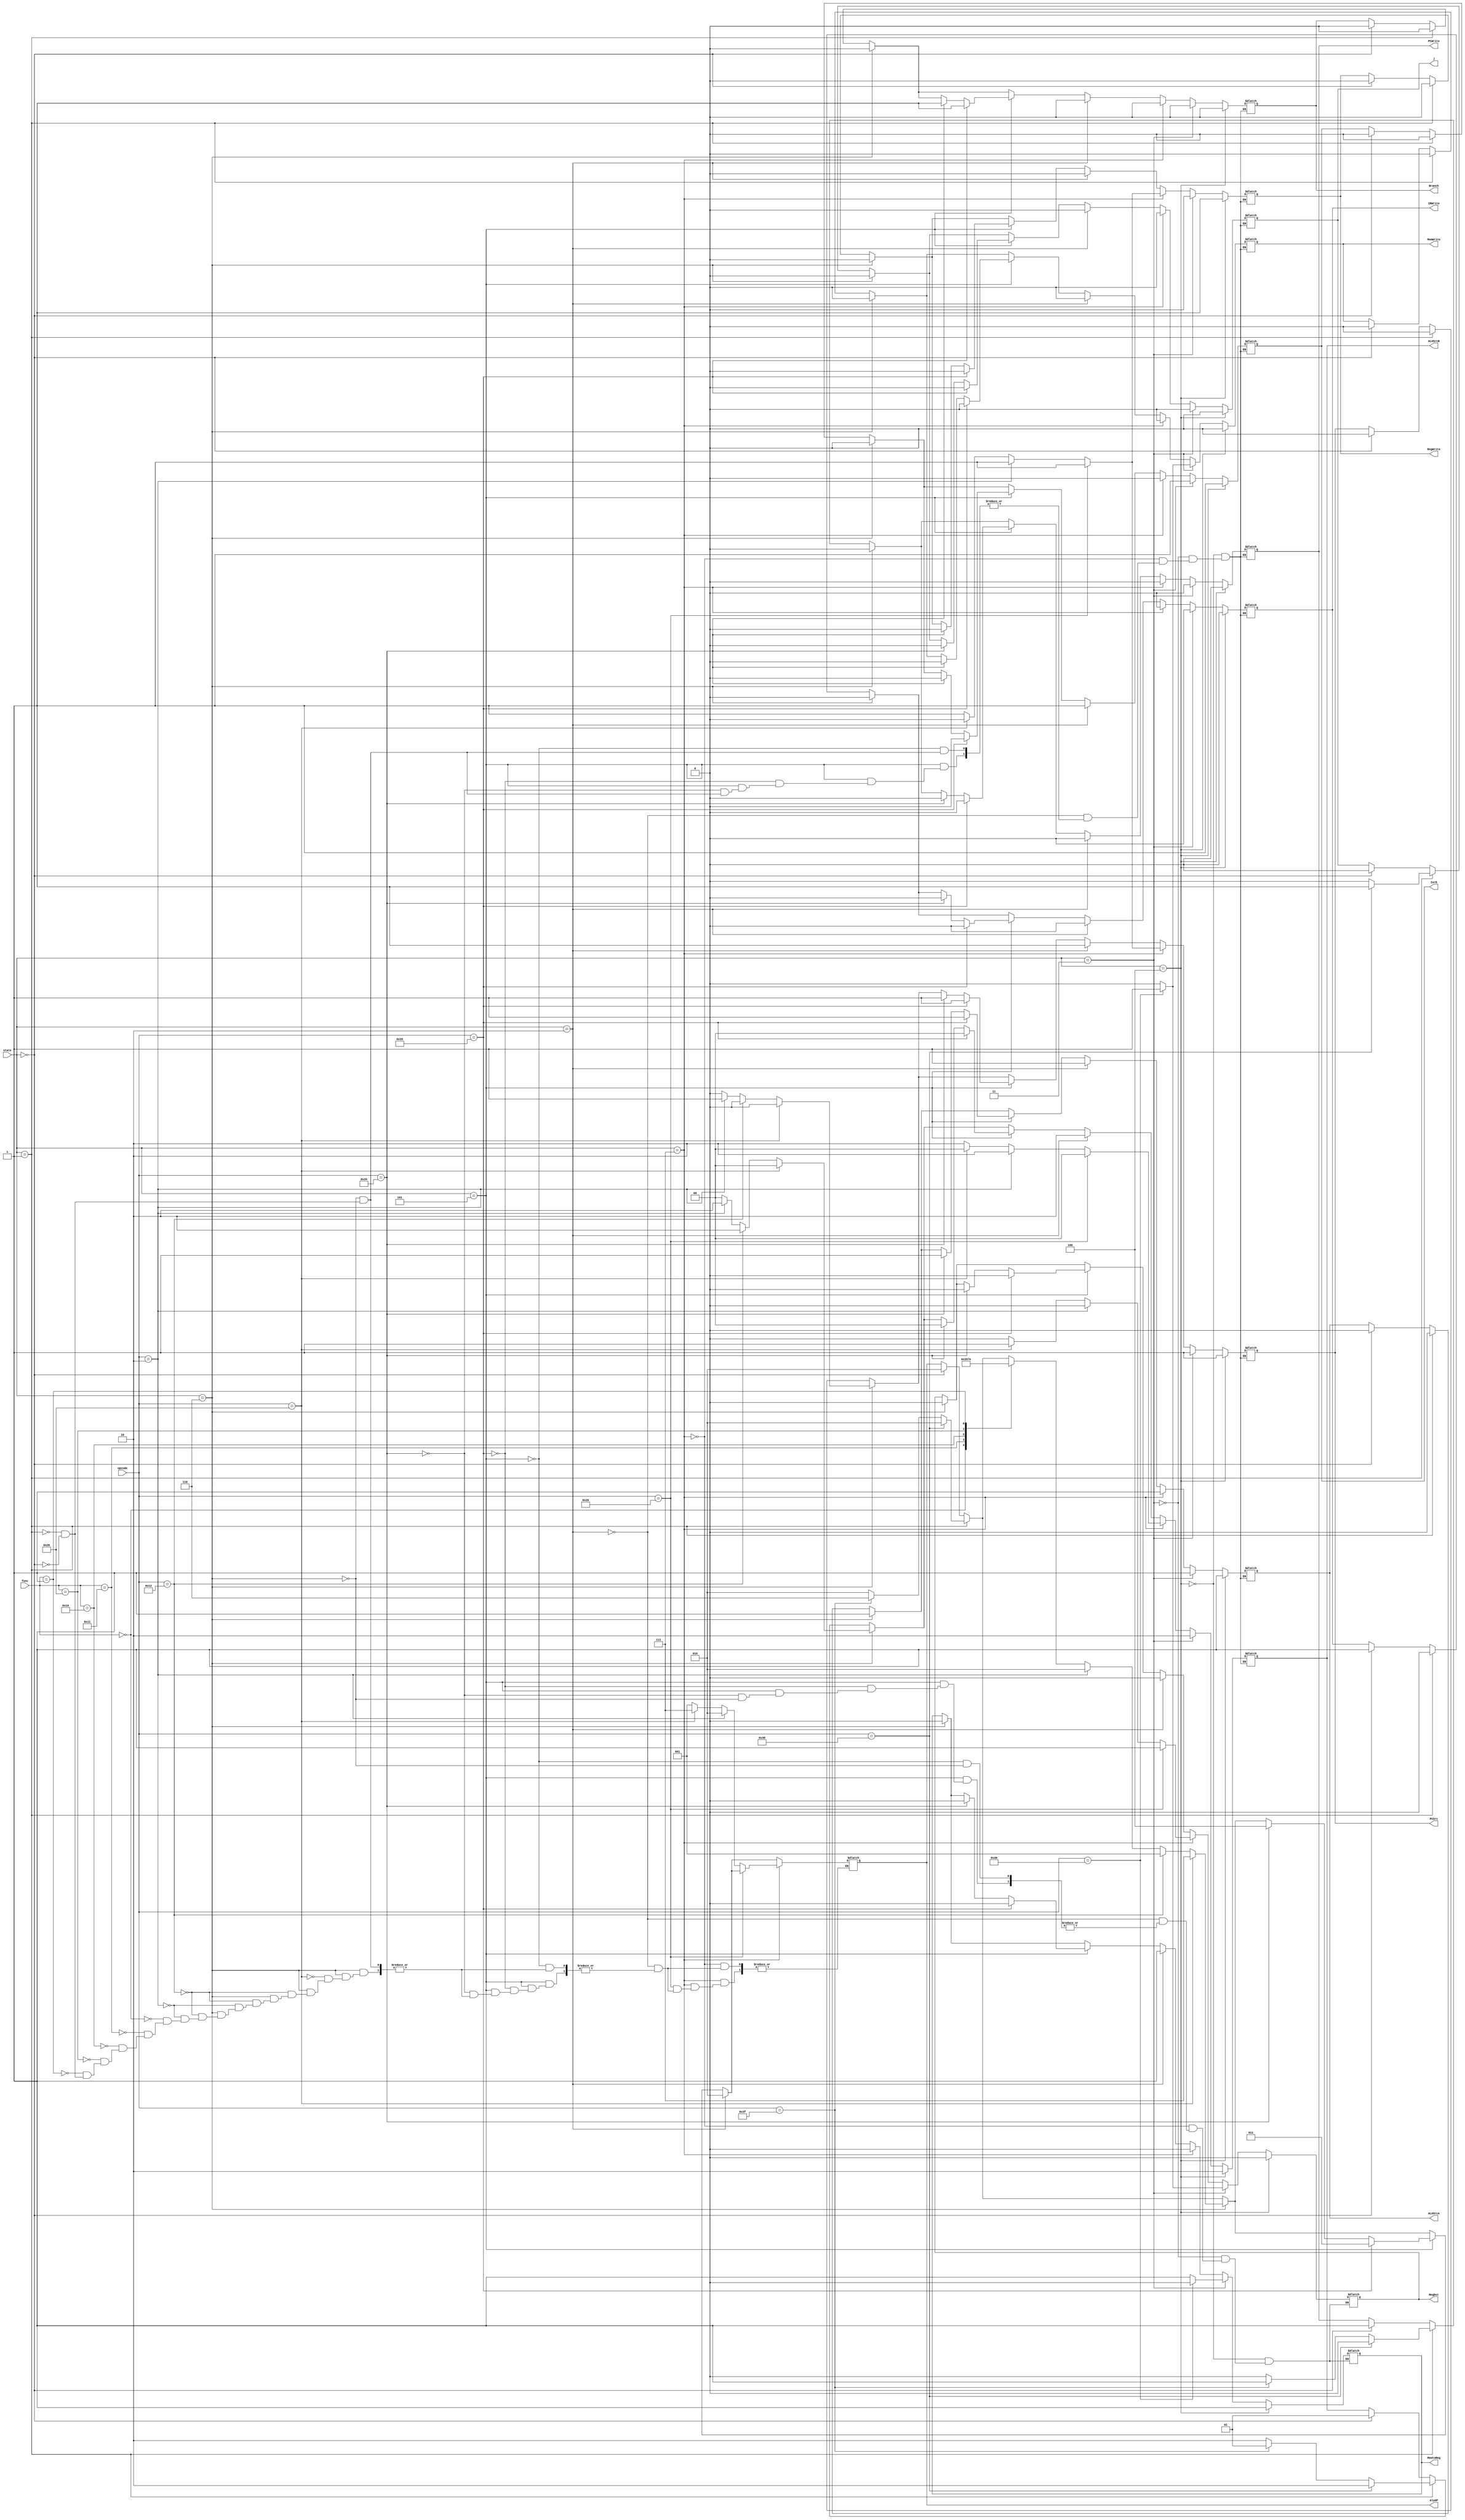
`timescale 1ns / 1ps
//////////////////////////////////////////////////////////////////////////////////
// Company: 
// Engineer: 
// 
// Design Name: 
// Module Name: Out_put
// Project Name: 
// Target Devices: 
// Tool Versions: 
// Description: 
// 
// Dependencies: 
// 
// Revision:
// Revision 0.01 - File Created
// Additional Comments:
// 
//////////////////////////////////////////////////////////////////////////////////


module Out_put(input [2:0]state,input[5:0] opcode,input[5:0]func, output reg IorD,MemWrite,IRWrite,RegDst,MemtoReg,RegWrite,ALUSrcA,output reg [1:0]ALUSrcB,output reg PCSrc,Branch,PCWrite,
    output reg [2:0]AluOP,output reg j

    );

    parameter [2:0] IF = 3'b000, // IF 
                     ID = 3'b001, // ID  
                     aEXE = 3'b110, // EXE
                     bEXE = 3'b101, // EXE
                     cEXE = 3'b010, // EXE
                     MEM = 3'b011, // MEM
                     aWB = 3'b111, // WB
                     cWB = 3'b100; // WB
   /* parameter R_type = 6'b000000,add = 6'b100000,sub=6'b100010,And = 6'b100100,Or= 6'b100101,slt=6'b101010,
            ori = 6'b001101,lw=6'b100011,sw=6'b101011,beq=6'b000100,
            jump=6'b000010,
            stop=6'b000011;*/
    parameter [5:0] ori = 6'b010010,
                     R_type = 6'b100000,
                     add = 6'b000000,
                     sub = 6'b000001,
                     slt = 6'b100110,
                      Or = 6'b010000,
                     And = 6'b010001,
                     addi=6'b000010,
                     
                     sw = 6'b110000,
                     lw = 6'b110001,
                     beq = 6'b110100,
                     bne=6'b110101,
                    
                     jump=6'b111000,
                     stop = 6'b111111;
  always @ (state or opcode) begin
      if (state==IF) begin  //T1
          IorD=1'b0;
          MemWrite=1'b0;
          IRWrite=1'b1;
          RegWrite=1'b0;
          ALUSrcA=1'b0;
          ALUSrcB=2'b01;
          AluOP=3'b010;
          PCSrc=1'b0;
          Branch=1'b0;
          PCWrite=1'b1;
          j=1'b0;
      end
      /*else if (state==IF && opcode==stop) begin
          PCWrite=1'b0;
      end
      else if (state==IF && opcode!=stop && opcode==jump) begin
          IorD=1'b1;
          MemWrite=1'b0;
          IRWrite=1'b1;
          RegWrite=1'b0;
          ALUSrcA=1'b0;
          ALUSrcB=2'b01;
          AluOP=3'b010;
          PCSrc=1'b0;
          Branch=1'b0;
          PCWrite=1'b0;
          MemtoReg=1'b0;
          RegDst=1'b0;
      end */
      if (state==ID) begin // T2
          if(opcode==jump) begin
              IorD=1'b0;
              MemWrite=1'b0;
              IRWrite=1'b0;
              RegWrite=1'b0;
              ALUSrcA=1'b0;
              ALUSrcB=2'b10;
              AluOP=3'b010;
              PCSrc=1'b0;
              Branch=1'b0;
              PCWrite=1'b0;
              j=1'b1;
          end
          else if (opcode==stop) begin 
               IorD=1'b0;
              MemWrite=1'b0;
              IRWrite=1'b0;
              RegWrite=1'b0;
              ALUSrcA=1'b0;
              ALUSrcB=2'b01;
              AluOP=3'b110;
              PCSrc=1'b0;
              Branch=1'b0;
              PCWrite=1'b1;
              j=1'b0;
          end
          else begin 
          IorD=1'b0;
          MemWrite=1'b0;
          IRWrite=1'b0;
          RegWrite=1'b0;
          ALUSrcA=1'b0;
          ALUSrcB=2'b10;
          AluOP=3'b010;
          PCSrc=1'b0;
          Branch=1'b0;
          PCWrite=1'b0;
          j=1'b0;
          end
          /*if (opcode==jump) begin
              
          end*/
      end
      if (state==aEXE) begin //R_type T3
          if (opcode==ori)  begin 
              IorD=1'b0;
              MemWrite=1'b0;
              IRWrite=1'b0;
              RegWrite=1'b0;
              ALUSrcA=1'b1;
              ALUSrcB=2'b10;
              AluOP=3'b001;
              PCSrc=1'b0;
              Branch=1'b0;
              PCWrite=1'b0;
              MemtoReg=1'b0;
              RegDst=1'b0;
              j=1'b0;
          end
          else if (opcode==addi) begin 
              IorD=1'b0;
              MemWrite=1'b0;
              IRWrite=1'b0;
              RegWrite=1'b0;
              ALUSrcA=1'b1;
              ALUSrcB=2'b10;
              AluOP=3'b010;
              PCSrc=1'b1;
              Branch=1'b0;
              PCWrite=1'b0;
              MemtoReg=1'b0;
              RegDst=1'b0;
              j=1'b0;
          end
          else begin
              case (func)
                  add:     AluOP=3'b010;
                  And:     AluOP=3'b000;
                  Or:      AluOP=3'b001;
                  slt:     AluOP=3'b111;
                  sub:     AluOP=3'b110;
              endcase
              IorD=1'b0;
              MemWrite=1'b0;
              IRWrite=1'b0;
              RegWrite=1'b0;
              ALUSrcA=1'b1;
              ALUSrcB=2'b00;
              PCSrc=1'b0;
              Branch=1'b0;
              PCWrite=1'b0;
              MemtoReg=1'b0;
              RegDst=1'b0;
              j=1'b0;
          end 
          if (opcode==slt) begin 
              IorD=1'b0;
              MemWrite=1'b0;
              IRWrite=1'b0;
              RegWrite=1'b0;
              ALUSrcA=1'b1;
              ALUSrcB=2'b00;
              AluOP=3'b111;
              PCSrc=1'b0;
              Branch=1'b0;
              PCWrite=1'b0;
              MemtoReg=1'b0;
              RegDst=1'b0;
              j=1'b0;
          end
          
      end
      if(state==bEXE) begin  //beq T3
          if (opcode==beq) begin
              IorD=1'b0;
              MemWrite=1'b0;
              IRWrite=1'b0;
              RegWrite=1'b0;
              ALUSrcA=1'b1;
              ALUSrcB=2'b00;
              PCSrc=1'b1;
              Branch=1'b1;
              PCWrite=1'b0;
              MemtoReg=1'b0;
              RegDst=1'b0;
              AluOP=3'b100;
              j=1'b0;
          end
          if (opcode==bne)begin 
              IorD=1'b0;
              MemWrite=1'b0;
              IRWrite=1'b0;
              RegWrite=1'b0;
              ALUSrcA=1'b1;
              ALUSrcB=2'b00;
              PCSrc=1'b1;
              Branch=1'b1;
              PCWrite=1'b0;
              MemtoReg=1'b0;
              RegDst=1'b0;
              AluOP=3'b011;
              j=1'b0;
          end
          
      end
      if (state==cEXE) begin //lw,sw T3
          IorD=1'b1;
          MemWrite=1'b0;
          IRWrite=1'b0;
          RegWrite=1'b0;
          ALUSrcA=1'b1;
          ALUSrcB=2'b10;
          PCSrc=1'b1;
          Branch=1'b0;
          PCWrite=1'b0;
          MemtoReg=1'b1;
          RegDst=1'b0;
          AluOP=3'b010;
          j=1'b0;
      end
      if (state==aWB) begin
          if (opcode== R_type) begin
              IorD=1'b0;
              MemWrite=1'b0;
              IRWrite=1'b0;
              RegWrite=1'b1;
              ALUSrcA=1'b1;
              ALUSrcB=2'b00;
              PCSrc=1'b1;
              Branch=1'b0;
              PCWrite=1'b0;
              MemtoReg=1'b0;
              RegDst=1'b1;
              j=1'b0;
          end
          else if (opcode==addi) begin
              IorD=1'b0;
              MemWrite=1'b0;
              IRWrite=1'b0;
              RegWrite=1'b1;
              ALUSrcA=1'b1;
              ALUSrcB=2'b10;
              PCSrc=1'b1;
              Branch=1'b0;
              PCWrite=1'b0;
              MemtoReg=1'b0;
              AluOP=3'b010;
              RegDst=1'b0;
              j=1'b0;
              
               
          end
          else if (opcode==slt)begin 
              IorD=1'b0;
              MemWrite=1'b0;
              IRWrite=1'b0;
              RegWrite=1'b0;
              ALUSrcA=1'b1;
              ALUSrcB=2'b00;
              AluOP=3'b111;
              PCSrc=1'b0;
              Branch=1'b0;
              PCWrite=1'b0;
              MemtoReg=1'b0;
              RegDst=1'b1;
              j=1'b0;
          end
          else begin 
              IorD=1'b0;
              MemWrite=1'b0;
              IRWrite=1'b0;
              RegWrite=1'b1;
              ALUSrcA=1'b1;
              ALUSrcB=2'b10;
              PCSrc=1'b1;
              Branch=1'b0;
              PCWrite=1'b0;
              MemtoReg=1'b0;
              AluOP=3'b001;
              RegDst=1'b0;
              j=1'b0;
          end
          
      end 
      if (state==MEM) begin
          if (opcode==sw) begin 
              IorD=1'b1;
              MemWrite=1'b1;
              IRWrite=1'b0;
              RegWrite=1'b0;
              ALUSrcA=1'b1;
              ALUSrcB=2'b10;
              PCSrc=1'b1;
              Branch=1'b0;
              PCWrite=1'b0;
              MemtoReg=1'b0;
              RegDst=1'b1;
              j=1'b0;
          end 
          else begin 
              IorD=1'b1;
              MemWrite=1'b0;
              IRWrite=1'b0;
              RegWrite=1'b0;
              ALUSrcA=1'b1;
              ALUSrcB=2'b10;
              PCSrc=1'b1;
              Branch=1'b0;
              PCWrite=1'b0;
              MemtoReg=1'b1;
              RegDst=1'b0;
              j=1'b0;
          end
          
      end
      if (state==cWB) begin
          IorD=1'b1;
          MemWrite=1'b0;
          IRWrite=1'b0;
          RegWrite=1'b1;
          ALUSrcA=1'b1;
          ALUSrcB=2'b10;
          PCSrc=1'b1;
          Branch=1'b0;
          PCWrite=1'b0;
          MemtoReg=1'b1;
          RegDst=1'b0;
          j=1'b0;
      end
      //$display("output fun state %d",state);
  end


endmodule